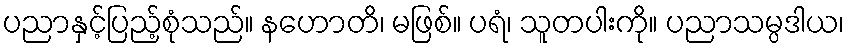
ပညာနှင့်ပြည့်စုံသည်။ နဟောတိ၊ မဖြစ်။ ပရံ၊ သူတပါးကို။ ပညာသမ္ပဒါယ၊